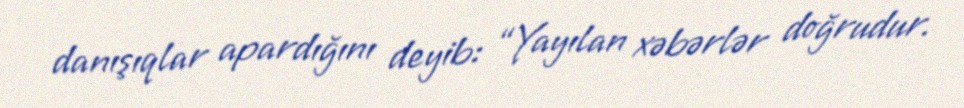
danışıqlar apardığını deyib: “Yayılan xəbərlər doğrudur.